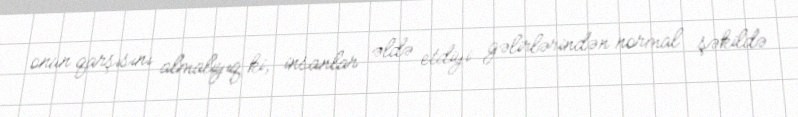
onun qarşısını almalıyıq ki, insanlar əldə etdiyi gəlirlərindən normal şəkildə